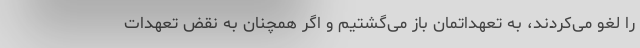
را لغو می‌کردند، به تعهداتمان باز می‌گشتیم و اگر همچنان به نقض تعهدات